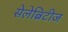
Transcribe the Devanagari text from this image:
सेलेब्रिटीज